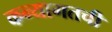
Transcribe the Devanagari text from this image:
कन्यागतची